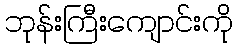
ဘုန်းကြီးကျောင်းကို